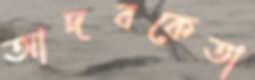
আদবকেতা